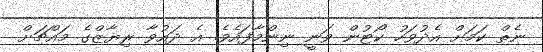
ނެތް ކަމަށް އެދުވަހު ކޯޓުން ވަނީ ނިންމާފައެވެ. އެ ދައުވާ ރިޔާޒްގެ މައްޗަށް